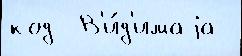
код  В'и́д'имаjа